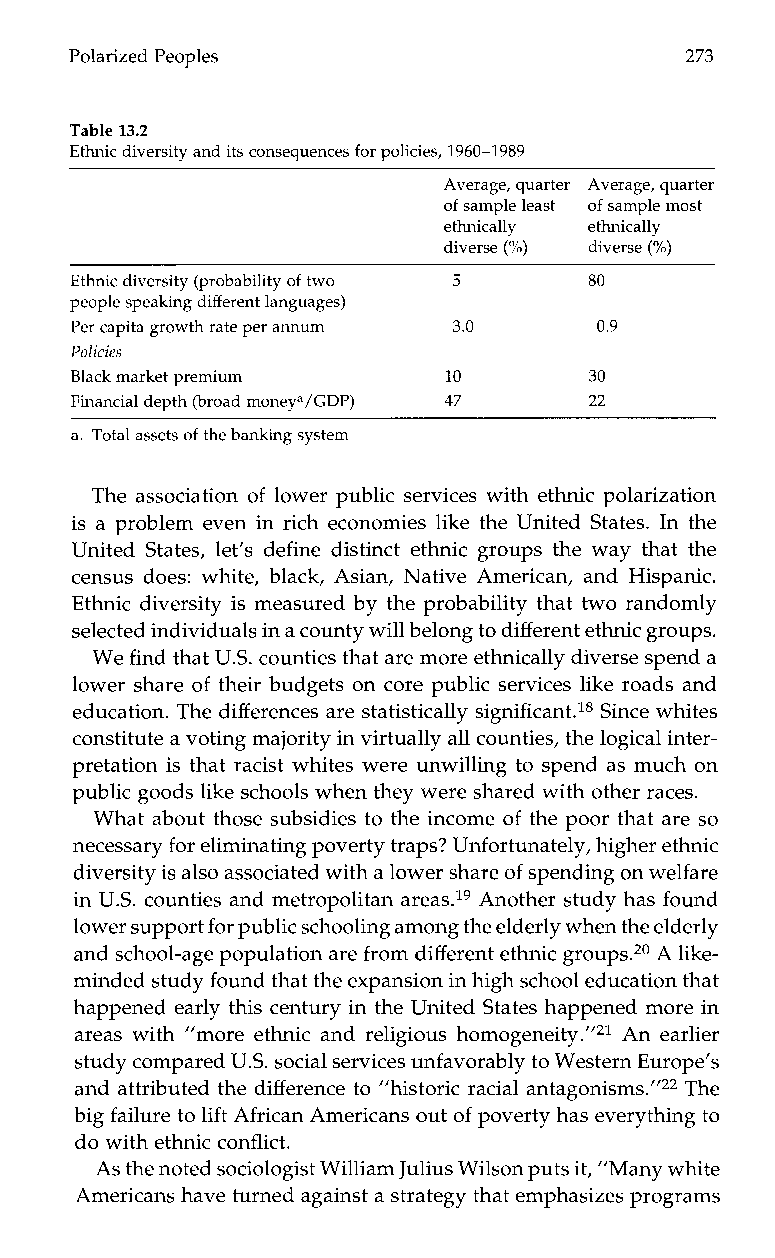
Peoples Polarized                            273
 Table 13.2
 Ethnic diversity and its consequences for policies, 1960-1989
 Average, quarter Average, quarter
 of sample least of sample most
 ethnically ethnically
 diverse (%) diverse (%)
 Ethnic (dpirvoeb rasbitiyli ty of two 5 80
 people speaking different languages)
 Per cappeirta rgatreo wth annum 3.0 0.9
 Policies
 premiumBl a ck market       10        30
 Financial depmtho n(be ryoaa/dG DP) 47 22
 a. Total assets of the banking system
 The association of lower public services with ethnic polarization
 is a problem even in rich economies like the United States. In the
 United States, let’s define distinct ethnic groups the way that the
 census does: white, black, Asian, Native American, and Hispanic.
 Ethnic diversity is measured by the probability that two randomly
 selected individuals in a counwtyi ll belong to different ethnic groups.
 We find that US. counties that are moree thnically diverse spend a
 lower share of their budgets on core public services like roads and
 education. The differences are statistically significant.ls Since whites
 constitute a votingm ajority in virtually all counties, the logical inter-
 pretation is that racist whites were unwilling to spend as much on
 public goods like schools when they were shared with otherr aces.
 What about those subsidies to the income of the poor that are so
 necessary for eliminating poverty traps? Unfortunately, higher ethnic
 diversity is also associated with al ower share of spending on welfare
 in U.S. counties and metropolitan areas.19 Another study has found
 lower support for public schooling among the elderly when the elderly
 and school-age population are fromd ifferent ethnic groups.20A like-
 minded study found that the expansion in hscighho ol education that
 happened early this century in the United States happened more in
 areas with ”more ethnic and religious homogeneity.”21 An earlier
 study compared US. social services unfavorably to Western Europe’s
 and attributed the difference to ”historic racial antagonisms.”22 The
 big failure tol ift African Americans out of poverty has everything to
 do with ethnic conflict.
 As the noteds ociologist William Julius Wilson puts it, “Many white
 Americans have turned against a strategy that emphasizes programs